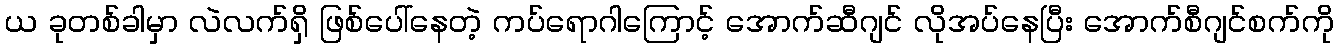
ယ ခုတစ်ခါမှာ လဲလက်ရှိ ဖြစ်ပေါ်နေတဲ့ ကပ်ရောဂါကြောင့် အောက်ဆီဂျင် လိုအပ်နေပြီး အောက်စီဂျင်စက်ကို